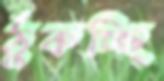
ঠুকচ্ছি